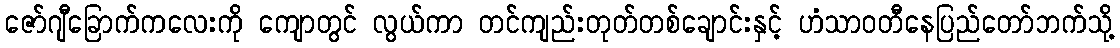
ဇော်ဂျီခြောက်ကလေးကို ကျောတွင် လွယ်ကာ တင်ကျည်းတုတ်တစ်ချောင်းနှင့် ဟံသာဝတီနေပြည်တော်ဘက်သို့